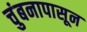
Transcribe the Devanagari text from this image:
चुंबनापासून